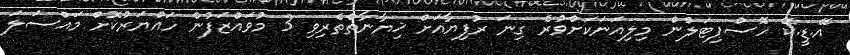
އޭ.ޑީ.ކޭ ހޮސްޕިޓަލުން މިލިއަނަކަށްވުރެ ގިނަ ރުފިޔާއަށް ޚިޔާނާތްތެރިވި 3 މުވައްޒަފުން ހައްޔަރުކޮށް މައްސަލަ